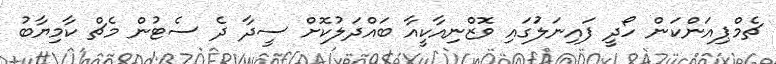
ޗެމްޕިއަންކަން ހޯދީ ފައިނަލަުގައި ވޮޒްނިއާކީއާ ބައްދަލުކޮށް ސީދާ ދެ ސެޓުން މެޗް ކާމިޔާބު